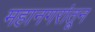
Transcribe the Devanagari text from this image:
महानगरांतून